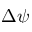
\Delta \psi